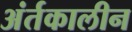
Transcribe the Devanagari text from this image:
अंर्तकालीन